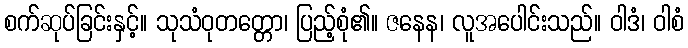
စက်ဆုပ်ခြင်းနှင့်။ သုသံဝုတတ္တော၊ ပြည့်စုံ၏။ ဇနေန၊ လူအပေါင်းသည်။ ဝါဒံ၊ ဝါစံ